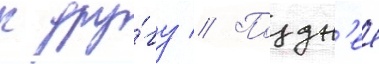
к дру́гу // Поздн'ее